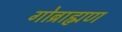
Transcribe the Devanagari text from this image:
गोब्राह्मण